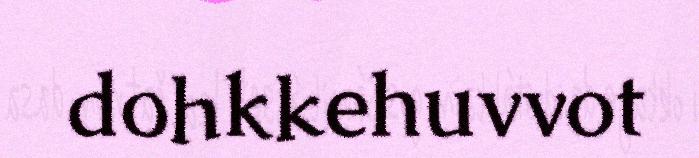
dohkkehuvvot